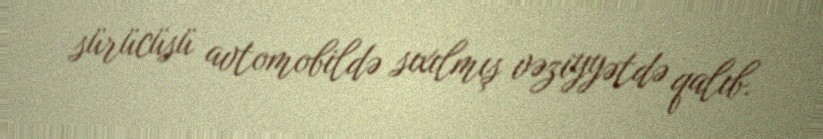
sürücüsü avtomobildə sıxılmış vəziyyətdə qalıb.